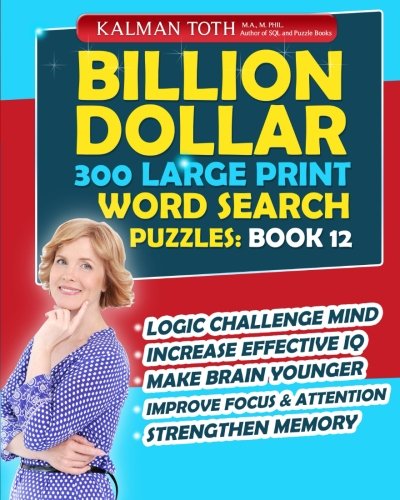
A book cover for Billion Dollar 300 Large Print Word Search Puzzles: Book 12: Be Smarter & Increase Your IQ; Kalman Toth M.A. M.PHIL.; Humor & Entertainment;